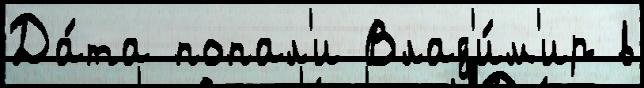
Да́та попал'и Влад'и́м'ир в